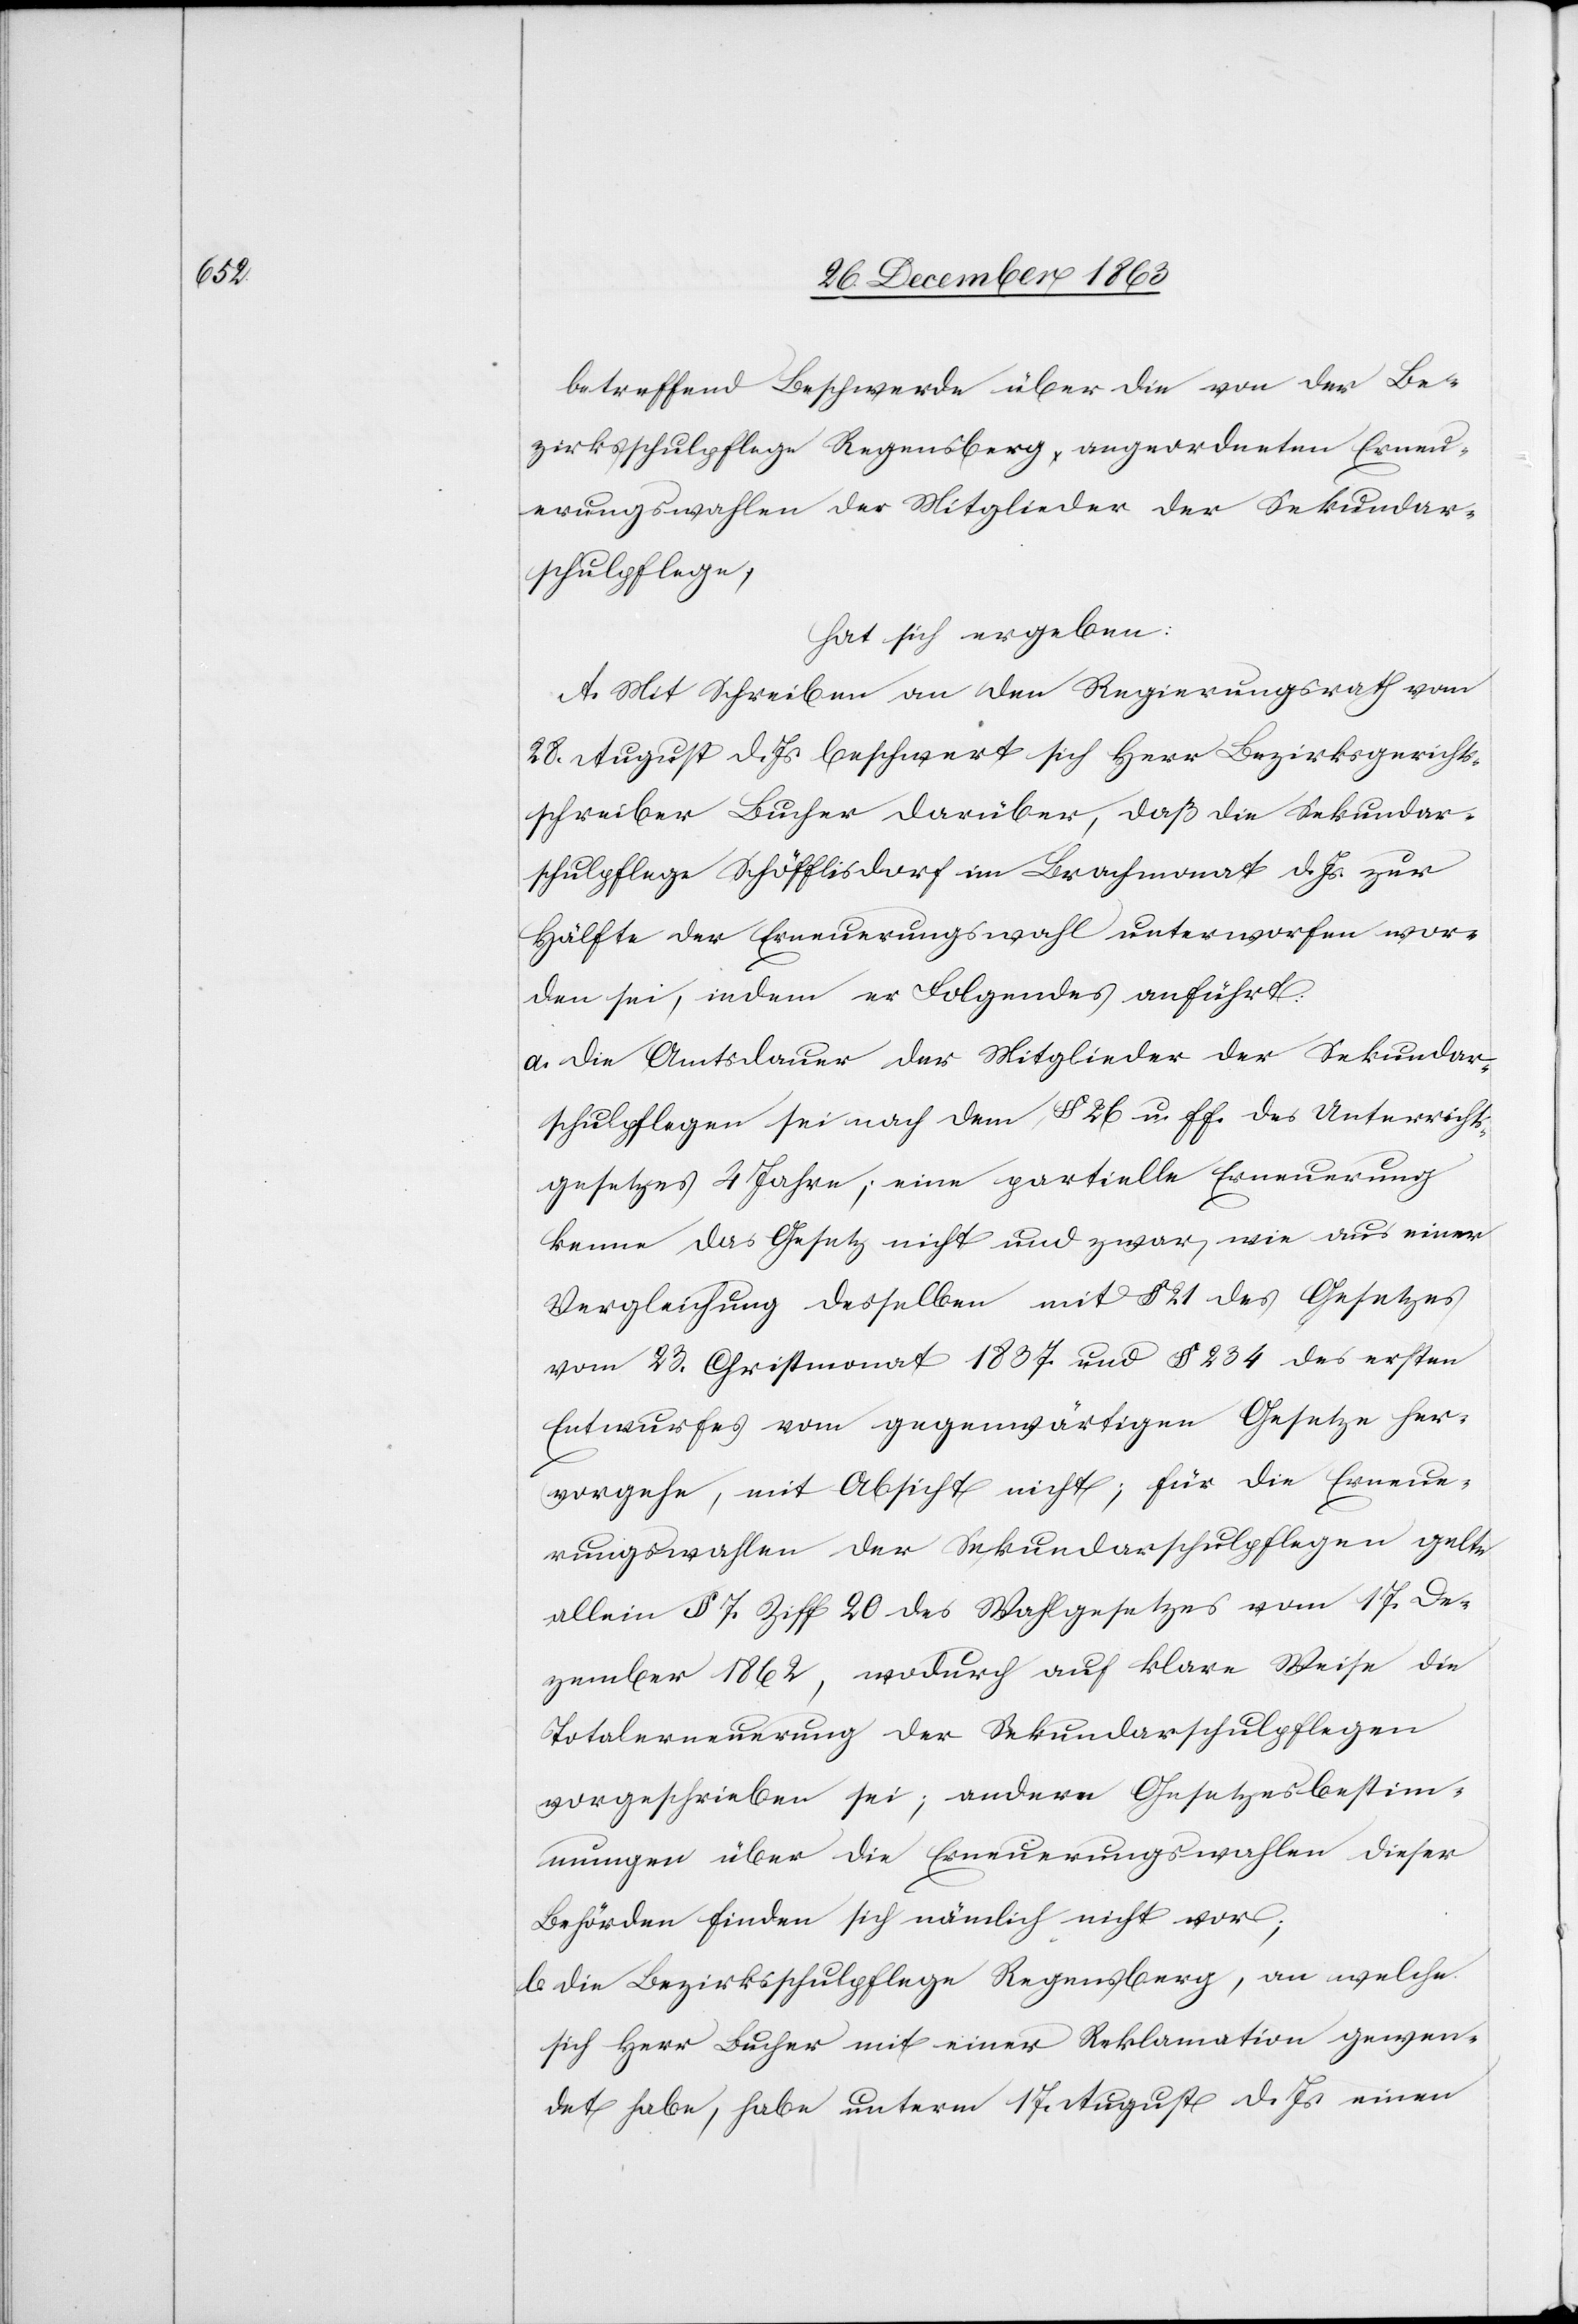
betreffend Beschwerde über die von der Be¬
zirksschulpflege Regensberg angeordneten Erneu¬
erungswahlen der Mitglieder der Sekundar¬
schulpflege,
hat sich ergeben:
A. Mit Schreiben an den Regierungsrath vom
28. August d. Js. beschwert sich Herr Bezirksgerichts¬
schreiber Bucher darüber, daß die Sekundar¬
schulpflege Schöfflisdorf im Brachmonat d. Js. zur
Hälfte der Erneuerungswahl unterworfen wor¬
den sei, indem er Folgendes anführt:
a. Die Amtsdauer der Mitglieder der Sekundar¬
schulpflegen sei nach dem § 26 u. ff. des Unterrichts¬
gesetzes 4 Jahre; eine partielle Erneuerung
kenne das Gesetz nicht und zwar, wie aus einer
Vergleichung desselben mit § 21 des Gesetzes
vom 23. Christmonat 1837 und § 234 des ersten
Entwurfes vom gegenwärtigen Gesetze her¬
vorgehe, mit Absicht nicht; für die Erneue¬
rungswahlen der Sekundarschulpflegen gelte
allein § 7 Ziff 20 des Wahlgesetzes vom 17. De¬
zember 1862, wodurch auf klare Weise die
Totalerneuerung der Sekundarschulpflegen
vorgeschrieben sei; andere Gesetzesbestim¬
mungen über die Erneuerungswahlen dieser
Behörden finden sich nämlich nicht vor;
b. Die Bezirksschulpflege Regensberg, an welche
sich Herr Bucher mit einer Reklamation gewen¬
det habe, habe unterm 17. August d. Js. einen